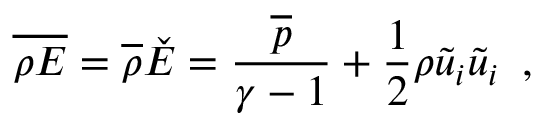
\overline { { \rho E } } = \overline { { \rho } } \check { E } = \frac { \overline { { p } } } { \gamma - 1 } + \frac { 1 } { 2 } \rho \tilde { u } _ { i } \tilde { u } _ { i } \, \mathrm { ~ , ~ }